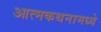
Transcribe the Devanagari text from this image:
आत्मकथनामध्ये